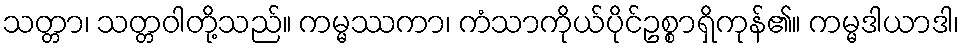
သတ္တာ၊ သတ္တဝါတို့သည်။ ကမ္မဿကာ၊ ကံသာကိုယ်ပိုင်ဥစ္စာရှိကုန်၏။ ကမ္မဒါယာဒါ၊